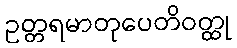
ဥတ္တရမာတုပေတိဝတ္ထု